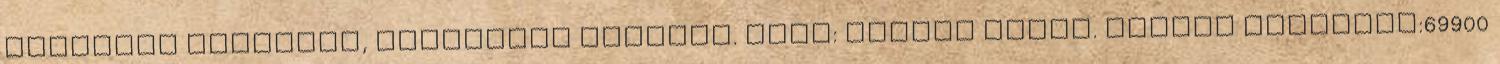
akasztós szekrény, középtájt fiókkal. Szín: sonoma tölgy. Termék vételára:69900